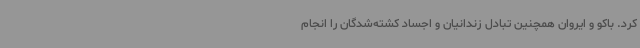
کرد. باکو و ایروان همچنین تبادل زندانیان و اجساد کشته‌شدگان را انجام